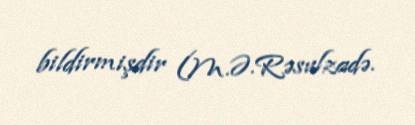
bildirmişdir (M.Ə.Rəsulzadə.